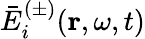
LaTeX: \bar{E}_{i}^{(\pm)}(\mathbf{r},\omega,t)